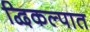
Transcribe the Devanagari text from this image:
द्विकल्पात